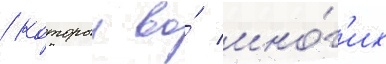
/ которыи во́ мно́г'их